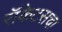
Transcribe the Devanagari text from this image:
रॉकेटसचा